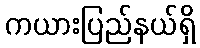
ကယားပြည်နယ်ရှိ